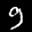
Label: 9